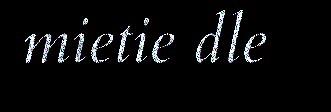
mietie dle